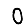
Digit: 0